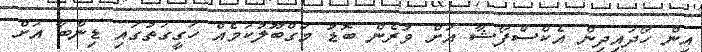
އިން ހޯދައިދިން އެކްސްޕޯޝާ އަށް ވުރެން ބޮޑު މަގްބޫލުކަމެއް ހަގީގަތުގައި ޑިންބާ އަށް